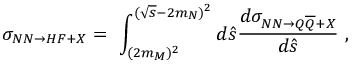
\sigma _ { N N \rightarrow H F + X } = \ \int _ { ( 2 m _ { M } ) ^ { 2 } } ^ { ( \sqrt { s } - 2 m _ { N } ) ^ { 2 } } d \hat { s } \frac { d \sigma _ { N N \rightarrow Q \overline { { { Q } } } + X } } { d \hat { s } } \ , \nonumber